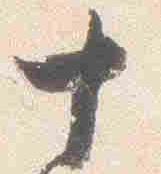
十